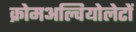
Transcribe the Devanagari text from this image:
क्रोमअल्वियोलेटों